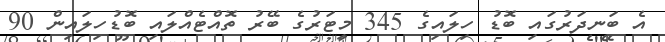
އެ ބަނދަރުގައި ބޮޑު ހިލައިގެ 345 މީޓަރުގެ ބޭރު ތޮއްޓެއްލައި ބޮޑުހިލައިން 90